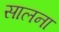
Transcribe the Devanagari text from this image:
सालना